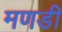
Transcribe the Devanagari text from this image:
मणडी